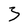
Character: 3